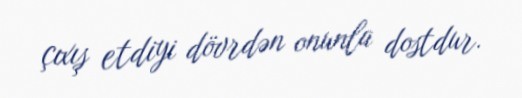
çıxış etdiyi dövrdən onunla dostdur.